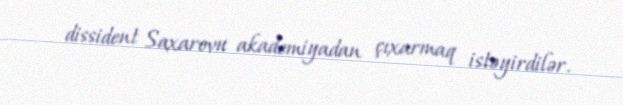
dissident Saxarovu akademiyadan çıxarmaq istəyirdilər.